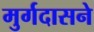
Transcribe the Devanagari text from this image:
मुर्गदासने